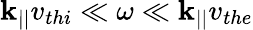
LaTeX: \mathbf{k}_{||}v_{thi}\ll\omega\ll\mathbf{k}_{||}v_{the}